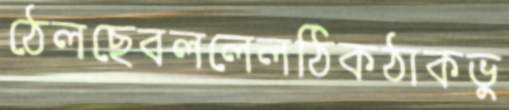
ঠেলছেবললেলঠিকঠাকভু